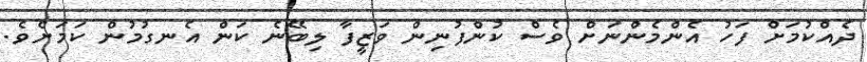
ދެއްކުމަށް ފަހު އެންމެންނަށް ވެސް ކުންފުނިން ވަޒީފާ ލިބޭނެ ކަން އެނގުމުން ކަމަށެވެ.